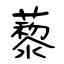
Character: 藜